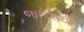
જળાશયો